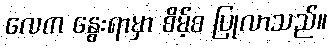
လေက နွေးရာမှာ စိမ့်စ ပြုလာသည်။